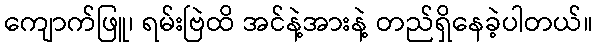
ကျောက်ဖြူ၊ ရမ်းဗြဲထိ အင်နဲ့အားနဲ့ တည်ရှိနေခဲ့ပါတယ်။